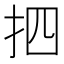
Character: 𢪾